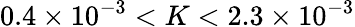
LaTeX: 0.4\times 10^{-3}<K<2.3\times 10^{-3}